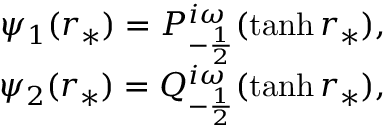
\begin{array} { r } { \psi _ { 1 } ( r _ { * } ) = P _ { - \frac { 1 } { 2 } } ^ { i \omega } ( \operatorname { t a n h } r _ { * } ) , } \\ { \psi _ { 2 } ( r _ { * } ) = Q _ { - \frac { 1 } { 2 } } ^ { i \omega } ( \operatorname { t a n h } r _ { * } ) , } \end{array}